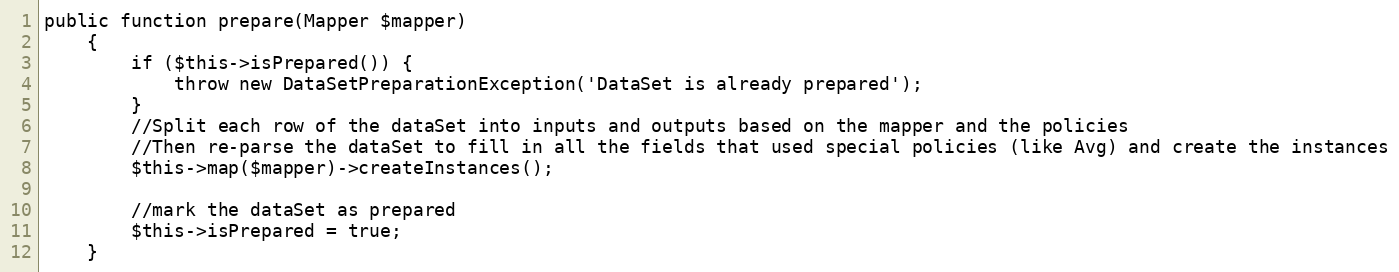
Language: PHP
public function prepare(Mapper $mapper)
    {
        if ($this->isPrepared()) {
            throw new DataSetPreparationException('DataSet is already prepared');
        }
        //Split each row of the dataSet into inputs and outputs based on the mapper and the policies
        //Then re-parse the dataSet to fill in all the fields that used special policies (like Avg) and create the instances
        $this->map($mapper)->createInstances();

        //mark the dataSet as prepared
        $this->isPrepared = true;
    }